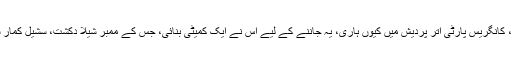
گزشتہ اسمبلی انتخابات کے بعد، کانگریس پارٹی اتر پردیش میں کیوں ہاری، یہ جاننے کے لیے اس نے ایک کمیٹی بنائی، جس کے ممبر شیلا دکشت، سشیل کمار شندے اور اے کے انٹونی تھے۔